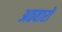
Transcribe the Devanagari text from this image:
अठवारों